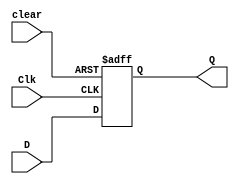
`timescale 1ns / 1ps

module dff(
    D,
    Clk,
    clear,
    Q);
    
    input D;
    input Clk;
    input clear;
    output reg Q;
    
    always@(posedge Clk or posedge clear)
        if (clear)
        begin
            Q <= 1'b0;
        end else
        begin
            Q <= D;
        end
endmodule